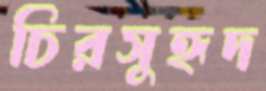
চিরসুহৃদ